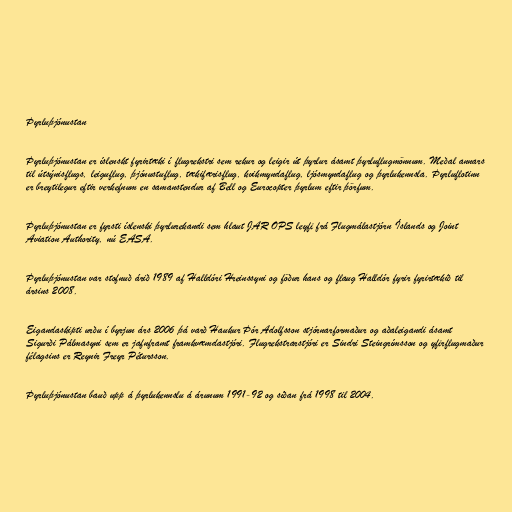
Þyrluþjónustan

Þyrluþjónustan er íslenskt fyrirtæki í flugrekstri sem rekur og leigir út þyrlur ásamt þyrluflugmönnum. Meðal annars
til útsýnisflugs, leiguflug, þjónustuflug, tækifærisflug, kvikmyndaflug, ljósmyndaflug og þyrlukennsla. Þyrluflotinn
er breytilegur eftir verkefnum en samanstendur af Bell og Eurocopter þyrlum eftir þörfum.

Þyrluþjónustan er fyrsti íslenski þyrlurekandi sem hlaut JAR OPS leyfi frá Flugmálastjórn Íslands og Joint
Aviation Authority, nú EASA.

Þyrluþjónustan var stofnuð árið 1989 af Halldóri Hreinssyni og föður hans og flaug Halldór fyrir fyrirtækið til
ársins 2008.

Eigandaskipti urðu í byrjun árs 2006 þá varð Haukur Þór Adolfsson stjórnarformaður og aðaleigandi ásamt
Sigurði Pálmasyni sem er jafnframt framkvæmdastjóri. Flugrekstrarstjóri er Sindri Steingrímsson og yfirflugmaður
félagsins er Reynir Freyr Pétursson.

Þyrluþjónustan bauð upp á þyrlukennslu á árunum 1991-92 og síðan frá 1998 til 2004.